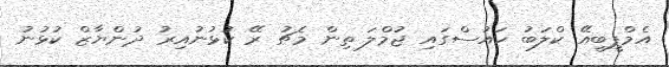
އެމްޕީބީއޭ ކްލަބު ހައުސްގައި ޖުމްލަ ތިން މެޗު ރޭ ކުޅުނުއިރު ދުންޔާޒް ކުޅުނު